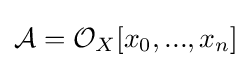
{\mathcal {A}}={\mathcal {O}}_{X}[x_{0},...,x_{n}]